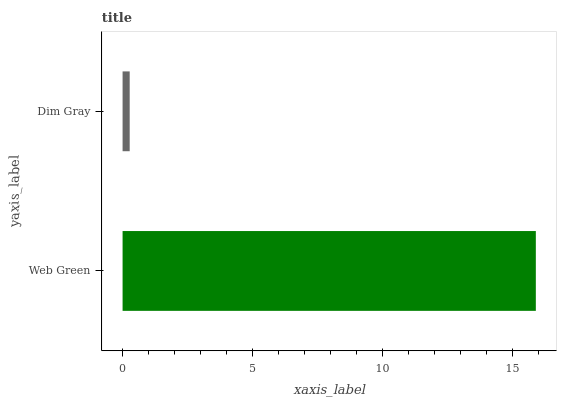
| yaxis_label | bars |
 | --- | --- |
 | Web Green | 15.9 |
 | Dim Gray | 0.273 |